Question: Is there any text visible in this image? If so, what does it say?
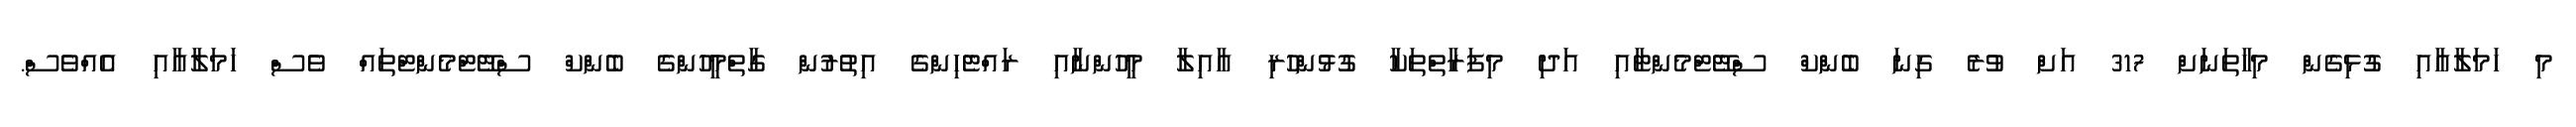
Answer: މި ހަމަލާއާއި ގުޅިގެން މިހާތަނަށް 317 އަށް ވުރެ ގިނަ ބެންކް ސްޓޭޓްމެންޓާއި އަދި މިފަރާތްތަކާ ގުޅުންހުރި އާއިލާ މީހުންނާއި ރައްޓެހިންގެ އިތުރުން ގާތްމީހުންގެ ބެންކް ސްޓޭޓްމެންޓްތައް ވެސް ހަމަލާއާއި އެއްވެސް.